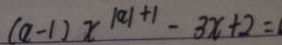
( a - 1 ) x ^ { \vert a \vert + 1 } - 3 x + 2 =